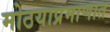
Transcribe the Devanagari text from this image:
मोठयाप्रमाणात